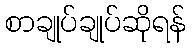
စာချုပ်ချုပ်ဆိုရန်